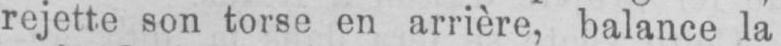
rejette son torse en arrière, balance la